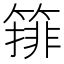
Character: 𱸞